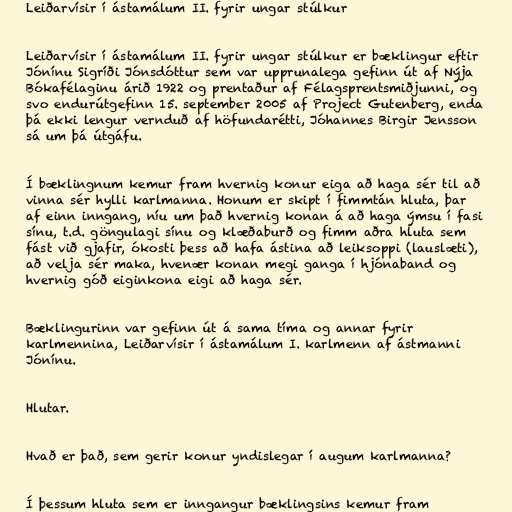
Leiðarvísir í ástamálum II. fyrir ungar stúlkur

Leiðarvísir í ástamálum II. fyrir ungar stúlkur er bæklingur eftir
Jónínu Sigríði Jónsdóttur sem var upprunalega gefinn út af Nýja
Bókafélaginu árið 1922 og prentaður af Félagsprentsmiðjunni, og
svo endurútgefinn 15. september 2005 af Project Gutenberg, enda
þá ekki lengur vernduð af höfundarétti, Jóhannes Birgir Jensson
sá um þá útgáfu.

Í bæklingnum kemur fram hvernig konur eiga að haga sér til að
vinna sér hylli karlmanna. Honum er skipt í fimmtán hluta, þar
af einn inngang, níu um það hvernig konan á að haga ýmsu í fasi
sínu, t.d. göngulagi sínu og klæðaburð og fimm aðra hluta sem
fást við gjafir, ókosti þess að hafa ástina að leiksoppi (lauslæti),
að velja sér maka, hvenær konan megi ganga í hjónaband og
hvernig góð eiginkona eigi að haga sér.

Bæklingurinn var gefinn út á sama tíma og annar fyrir
karlmennina, Leiðarvísir í ástamálum I. karlmenn af ástmanni
Jónínu.

Hlutar.

Hvað er það, sem gerir konur yndislegar í augum karlmanna?

Í þessum hluta sem er inngangur bæklingsins kemur fram